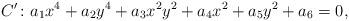
LaTeX: \begin{align*}C'\colon a_1x^4+a_2y^4+a_3x^2y^2+a_4x^2+a_5y^2+a_6=0,\end{align*}